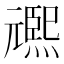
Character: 𭶌